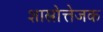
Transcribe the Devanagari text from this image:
शास्त्रोत्तेजक